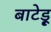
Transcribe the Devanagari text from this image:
बाटेड़ू